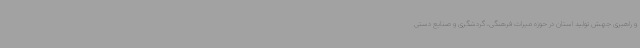
و راهبری جهش تولید استان در حوزه میراث فرهنگی، گردشگری و صنایع دستی